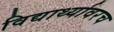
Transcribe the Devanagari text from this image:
विद्यार्थ्यावरच